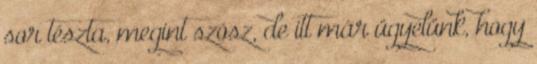
sor tészta, megint szósz, de itt már ügyelünk, hogy